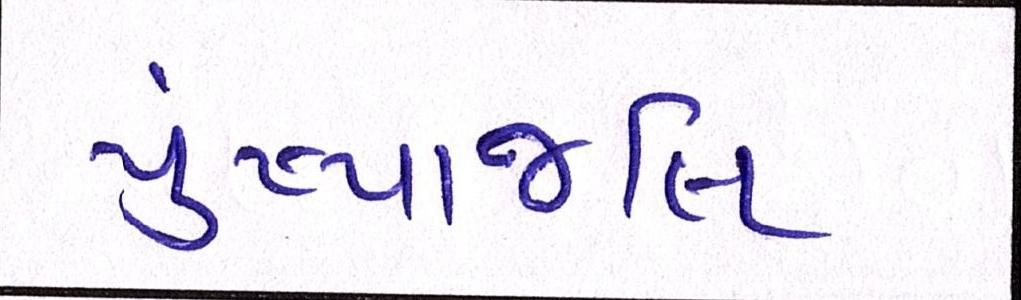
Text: પુંષ્પાજલિ